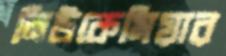
লিউকেমিয়ার